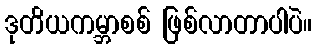
ဒုတိယကမ္ဘာစစ် ဖြစ်လာတာပါပဲ။